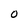
Character: O